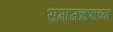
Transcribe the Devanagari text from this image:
समाजऋणाच्या